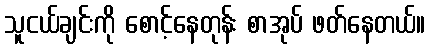
သူငယ်ချင်းကို စောင့်နေတုန်း စာအုပ် ဖတ်နေတယ်။